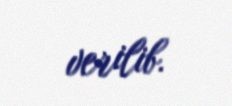
verilib.